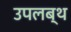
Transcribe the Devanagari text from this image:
उपलब्थ